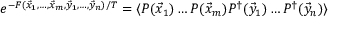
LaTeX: e ^ { - F ( \vec { x } _ { 1 } , \ldots , \vec { x } _ { m } , \vec { y } _ { 1 } , \ldots , \vec { y } _ { n } ) / T } = \langle P ( \vec { x } _ { 1 } ) \ldots P ( \vec { x } _ { m } ) P ^ { \dagger } ( \vec { y } _ { 1 } ) \ldots P ^ { \dagger } ( \vec { y } _ { n } ) \rangle